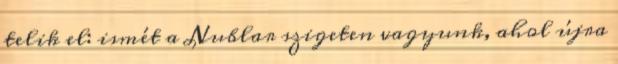
telik el: ismét a Nublar szigeten vagyunk, ahol újra